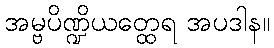
အမ္ဗပိဏ္ဍိယတ္ထေရ အပဒါန။